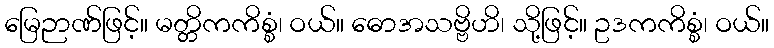
မြေဉာဏ်ဖြင့်။ မတ္တိကကိစ္စံ၊ ဝယ်။ ဓောအသဗ္ဗိဟိ၊ သို့ဖြင့်။ ဥဒကကိစ္စံ၊ ဝယ်။